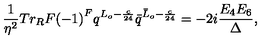
\frac { 1 } { \eta ^ { 2 } } { T r _ { R } } F { ( - 1 ) } ^ { F } q ^ { L _ { o } - \frac { c } { 2 4 } } { \bar { q } } ^ { { \bar { L } } _ { o } - \frac { c } { 2 4 } } = - 2 i \frac { E _ { 4 } E _ { 6 } } { \Delta } ,